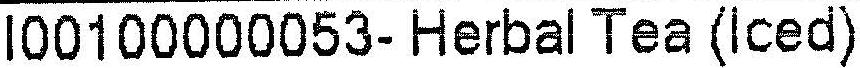
I00100000053- HERBAL TEA (ICED)